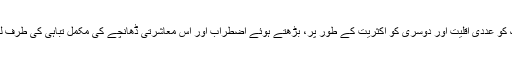
یقینی طورایسی دو اقوام کو ایک ریاست کے تحت ملا دینا ایک کو عددی اقلیت اور دوسری کو اکثریت کے طور پر، بڑھتے ہوئے اضطراب اور اس معاشرتی ڈھانچے کی مکمل تباہی کی طرف لے جائے گاجو ایسی ریاست کی حکومت کے لیے بنایا گیا ہو۔